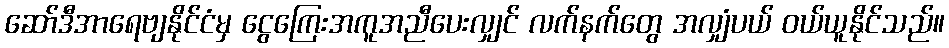
ဆော်ဒီအာရေဗျနိုင်ငံမှ ငွေကြေးအကူအညီပေးလျှင် လက်နက်တွေ အလျှံပယ် ဝယ်ယူနိုင်သည်။